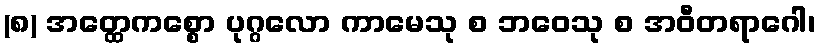
(၈) အတ္ထေကစ္စော ပုဂ္ဂလော ကာမေသု စ ဘဝေသု စ အဝီတရာဂေါ၊